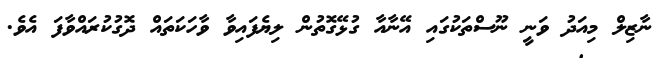
ނާޒިލް މިއަދު ވަނީ ނޫސްތަކުގައި އޭނާއާ ގުޅޭގޮތުން ލިޔެފައިވާ ވާހަކަތައް ދޮގުކުރައްވާފަ އެވެ.